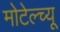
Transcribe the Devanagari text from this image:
मोटेल्च्यू